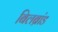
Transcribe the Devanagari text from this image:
बिलब्रांड